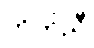
ကိုက်ညီ